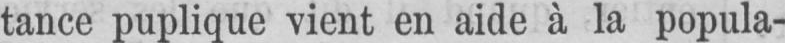
tance puplique vient en aide à la popula-